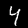
Label: 4